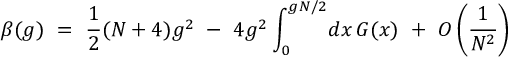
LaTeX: \beta ( g ) ~ = ~ \frac { 1 } { 2 } ( N + 4 ) g ^ { 2 } ~ - ~ 4 g ^ { 2 } \int _ { 0 } ^ { g N / 2 } \! d x \, G ( x ) ~ + ~ O \left( \frac { 1 } { N ^ { 2 } } \right)